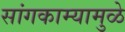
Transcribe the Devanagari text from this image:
सांगकाम्यामुळे